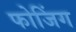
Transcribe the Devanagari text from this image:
फोजिंग